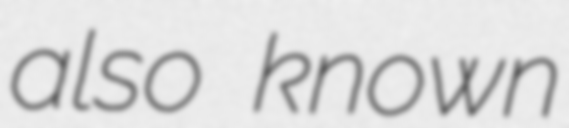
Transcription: also known